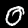
Label: 0